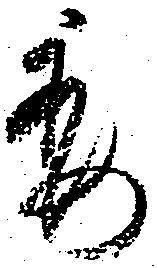
委